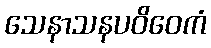
သေနာသနပဝိဝေကံ